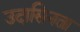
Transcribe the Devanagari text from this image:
उदासिनता